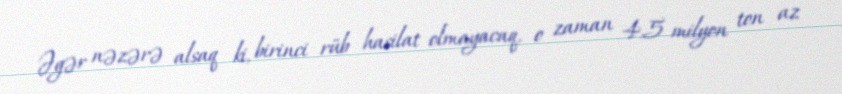
Əgər nəzərə alsaq ki, birinci rüb hasilat olmayacaq, o zaman 4,5 milyon ton az